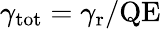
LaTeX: \gamma_{\mathrm{tot}}=\gamma_{\mathrm{r}}/\mathrm{QE}